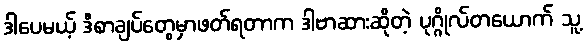
ဒါပေမယ့် ဒီစာချပ်တွေမှာဖတ်ရတာက ဒါဗာဆားဆိုတဲ့ ပုဂ္ဂိုလ်တယောက် သူ့